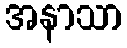
အနာသာ